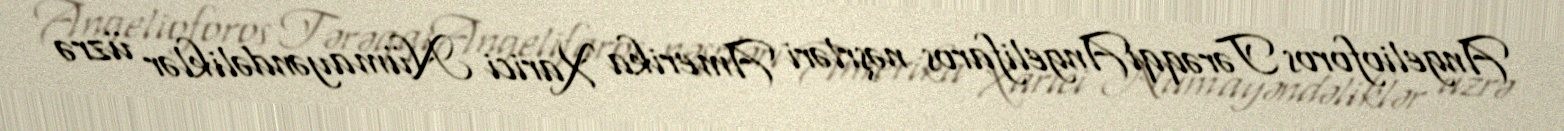
Angelioforos TərəqqiAngelifaros nəşrləri Amerika Xarici Nümayəndəliklər üzrə